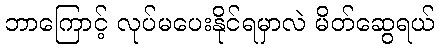
ဘာကြောင့် လုပ်မပေးနိုင်ရမှာလဲ မိတ်ဆွေရယ်